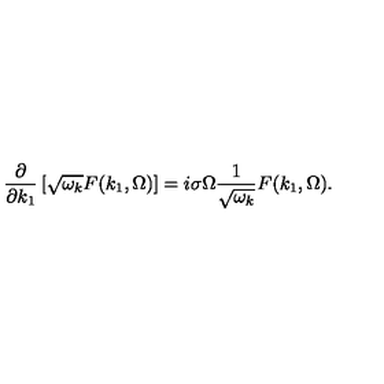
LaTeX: \frac { \partial } { \partial k _ { 1 } } \left[ \sqrt { \omega _ { k } } F ( k _ { 1 } , \Omega ) \right] = i \sigma \Omega \frac { 1 } { \sqrt { \omega _ { k } } } F ( k _ { 1 } , \Omega ) .